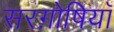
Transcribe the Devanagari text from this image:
सरग़ोषियाँ